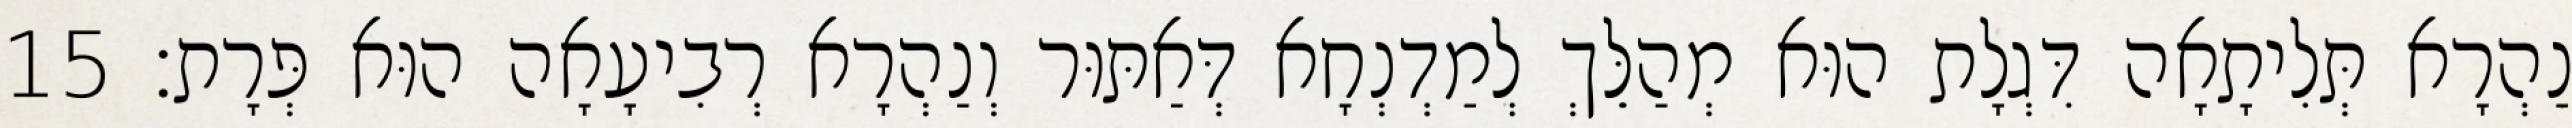
נַהְרָא תְּלִיתָאָה דִּגְלָת הוּא מְהַלֵּךְ לְמַדְנְחָא דְּאַתּוּר וְנַהְרָא רְבִיעָאָה הוּא פְּרָת׃ 15